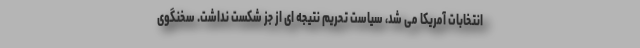
انتخابات آمریکا می شد، سیاست تحریم نتیجه ای از جز شکست نداشت. سخنگوی